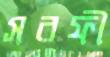
সরফী